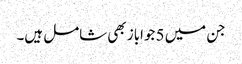
جن میں 5 جواباز بھی شامل ہیں۔